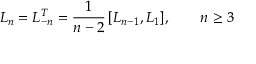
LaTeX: L _ { n } = L _ { - n } ^ { T } = { \frac { 1 } { n - 2 } } \, [ L _ { n - 1 } , L _ { 1 } ] , \qquad n \ge 3